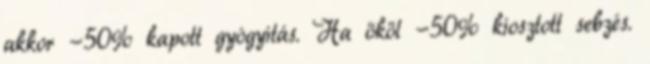
akkor -50% kapott gyógyítás. Ha ököl -50% kiosztott sebzés.